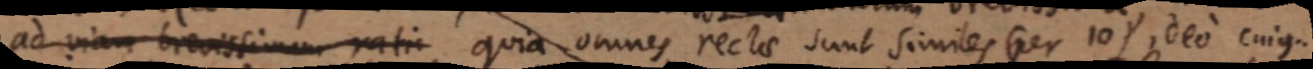
ad viam brevissimum rati, quia omnes rectae sunt simies (per 10), deo cuius